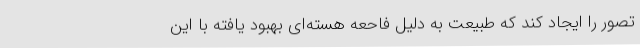
تصور را ایجاد کند که طبیعت به دلیل فاحعه هسته‌ای بهبود یافته با این